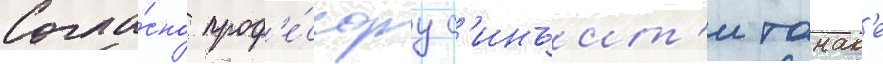
Согла́сно проф'е́ссору с'инъит'и танак'е